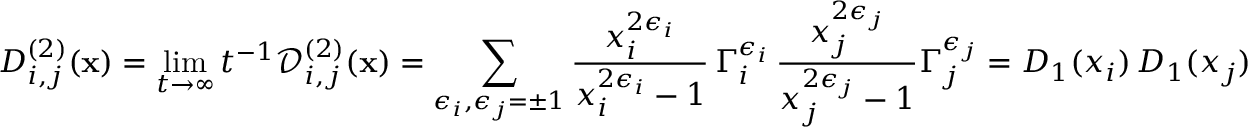
D _ { i , j } ^ { ( 2 ) } ( \mathbf x ) = \operatorname* { l i m } _ { t \to \infty } t ^ { - 1 } \mathcal D _ { i , j } ^ { ( 2 ) } ( \mathbf x ) = \sum _ { \epsilon _ { i } , \epsilon _ { j } = \pm 1 } \frac { x _ { i } ^ { 2 \epsilon _ { i } } } { x _ { i } ^ { 2 \epsilon _ { i } } - 1 } \, \Gamma _ { i } ^ { \epsilon _ { i } } \, \frac { x _ { j } ^ { 2 \epsilon _ { j } } } { x _ { j } ^ { 2 \epsilon _ { j } } - 1 } \Gamma _ { j } ^ { \epsilon _ { j } } = D _ { 1 } ( x _ { i } ) \, D _ { 1 } ( x _ { j } )